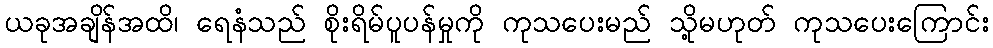
ယခုအချိန်အထိ၊ ရေနံသည် စိုးရိမ်ပူပန်မှုကို ကုသပေးမည် သို့မဟုတ် ကုသပေးကြောင်း